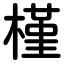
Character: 槿